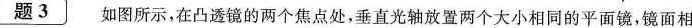
题3 如图所示，在凸透镜的两个焦点处，垂直光轴放置两个大小相同的平面镜，镜面相